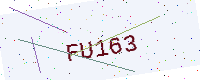
Text: FU163